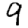
Digit: 9